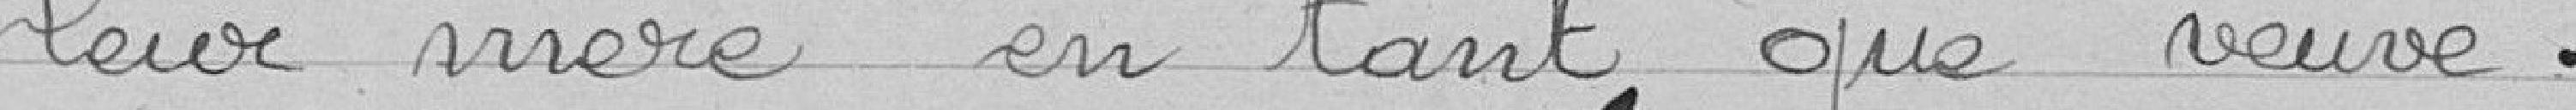
leur mère ne tant que veuve